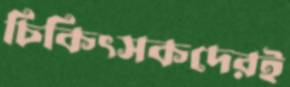
চিকিৎসকদেরই